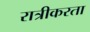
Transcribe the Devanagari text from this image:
रात्रीकरता